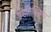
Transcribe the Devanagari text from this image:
व्हिनित्सिया